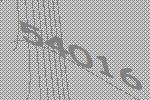
54016